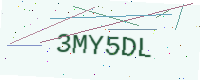
Text: 3MY5DL